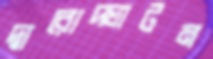
দ্বারোদ্ঘাটন